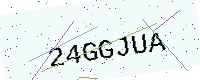
Text: 24GGJUA